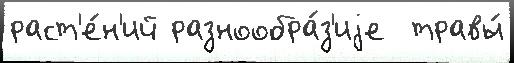
раст'е́н'ий разнообра́з'иjе  травы́